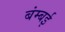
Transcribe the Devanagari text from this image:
बंम्बई